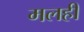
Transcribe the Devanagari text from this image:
मलही